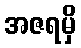
အဇရမှိ